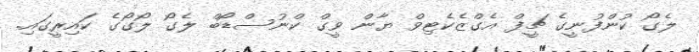
ލެގޯ ކުންފުނީގެ ޗީފް އެގްޒެކެޓިވް ޔާން ވީގް ކްނުސްޑޯބް ލެގޯ ލޯގޯގެ ކައިރީގައި.